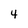
Character: 4